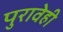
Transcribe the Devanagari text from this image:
पुरावेही